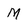
Character: M